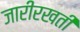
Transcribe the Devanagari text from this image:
जारीरखती